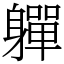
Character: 軃